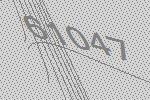
61047